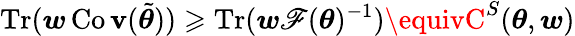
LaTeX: \operatorname{Tr}(\boldsymbol{w}\operatorname{Co\mathbf{v}}(\tilde{{\boldsymbol{\theta}}}))\geqslant\operatorname{Tr}(\boldsymbol{w}\mathscr{{F}}(\boldsymbol{\theta})^{-1})\equivC^{S}(\boldsymbol{\theta},\boldsymbol{w})